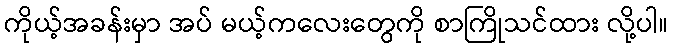
ကိုယ့်အခန်းမှာ အပ် မယ့်ကလေးတွေကို စာကြိုသင်ထား လို့ပါ။